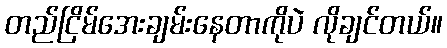
တည်ငြိမ်အေးချမ်းနေတာကိုပဲ လိုချင်တယ်။